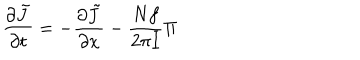
LaTeX: { \frac { \partial \tilde { J } } { \partial t } } = - { \frac { \partial \tilde { J } } { \partial x } } - { \frac { N f } { 2 \pi I } } \Pi